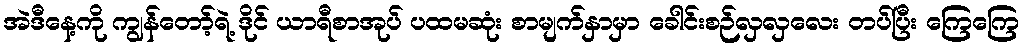
အဲဒီနေ့ကို ကျွန်တော့်ရဲ့ ဒိုင် ယာရီစာအုပ် ပထမဆုံး စာမျက်နှာမှာ ခေါင်းစဉ်လှလှလေး တပ်ပြီး ကြေကြေ